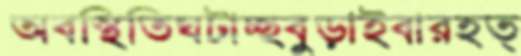
অবস্থিতিঘটাচ্ছবুড়াইবারহত্